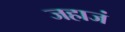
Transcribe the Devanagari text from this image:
जहाजं